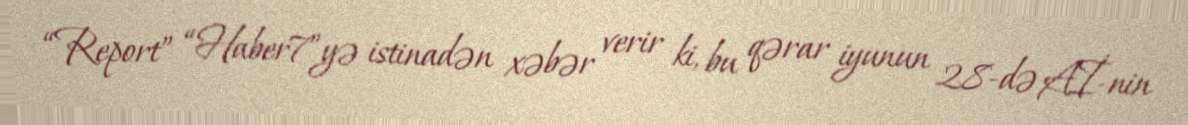
“Report” “Haber7”yə istinadən xəbər verir ki, bu qərar iyunun 28-də Aİ-nin